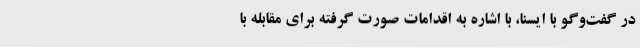
در گفت‌وگو با ایسنا، با اشاره به اقدامات صورت گرفته برای مقابله با